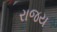
રાજય